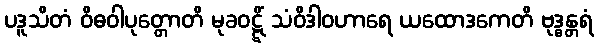
ပဒူသိတံ ဝိဓဝါပုတ္တောတိ မုခဝဋ္ဋိံ သံဝိဒါဝဟာရေ ယထောဒကေတိ ဗုဒ္ဓန္တရံ